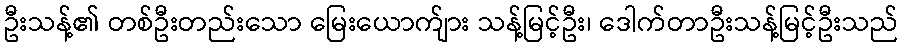
ဦးသန့်၏ တစ်ဦးတည်းသော မြေးယောက်ျား သန့်မြင့်ဦး၊ ဒေါက်တာဦးသန့်မြင့်ဦးသည်